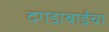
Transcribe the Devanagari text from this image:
दगडाबाईचा